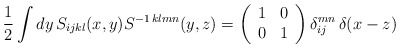
\begin{align*}\frac{1}{2}\int dy\,S_{ijkl}(x,y)S^{-1\,klmn}(y,z)=\left(\begin{array}{cc}1&0\\0&1\end{array}\right)\delta_{ij}^{mn}\,\delta(x-z)\end{align*}